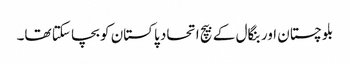
بلوچستان اور بنگال کے بیچ اتحاد پاکستان کو بچا سکتا تھا۔